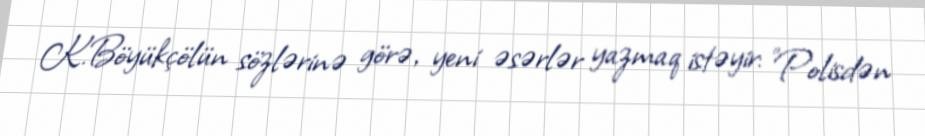
K.Böyükçölün sözlərinə görə, yeni əsərlər yazmaq istəyir: "Polisdən